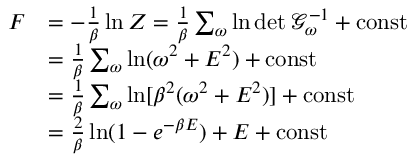
\begin{array} { r l } { F } & { = - \frac { 1 } { \beta } \ln Z = \frac { 1 } { \beta } \sum _ { \omega } \ln \operatorname* { d e t } \mathcal { G } _ { \omega } ^ { - 1 } + \mathrm { c o n s t } } \\ & { = \frac { 1 } { \beta } \sum _ { \omega } \ln ( \omega ^ { 2 } + E ^ { 2 } ) + \mathrm { c o n s t } } \\ & { = \frac { 1 } { \beta } \sum _ { \omega } \ln [ \beta ^ { 2 } ( \omega ^ { 2 } + E ^ { 2 } ) ] + \mathrm { c o n s t } } \\ & { = \frac { 2 } { \beta } \ln ( 1 - e ^ { - \beta E } ) + E + \mathrm { c o n s t } } \end{array}